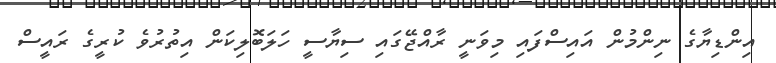
އިންޑިޔާގެ ނިންމުން އައިސްފައި މިވަނީ ރާއްޖޭގައި ސިޔާސީ ހަލަބޮލިކަން އިތުރުވެ ކުރީގެ ރައީސް